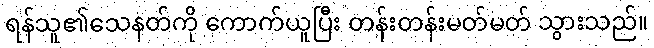
ရန်သူ၏သေနတ်ကို ကောက်ယူပြီး တန်းတန်းမတ်မတ် သွားသည်။